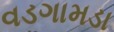
વડગામડા